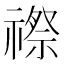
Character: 䄞